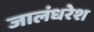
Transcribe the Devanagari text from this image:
जालंधरेश